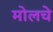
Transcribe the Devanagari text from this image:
मोलचे